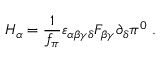
H _ { \alpha } = { \frac { 1 } { f _ { \pi } } } \varepsilon _ { \alpha \beta \gamma \delta } F _ { \beta \gamma } \partial _ { \delta } \pi ^ { 0 } \; .